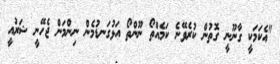
"އެކަމަކީ ގާނޫނީ ގޮތުން ކުރެވޭނެ ކަމެއްތޯ ނޫންތޯ އަޅުގަނޑުމެން ނިންމަން ޖެހޭނީ ޝަރުއީ